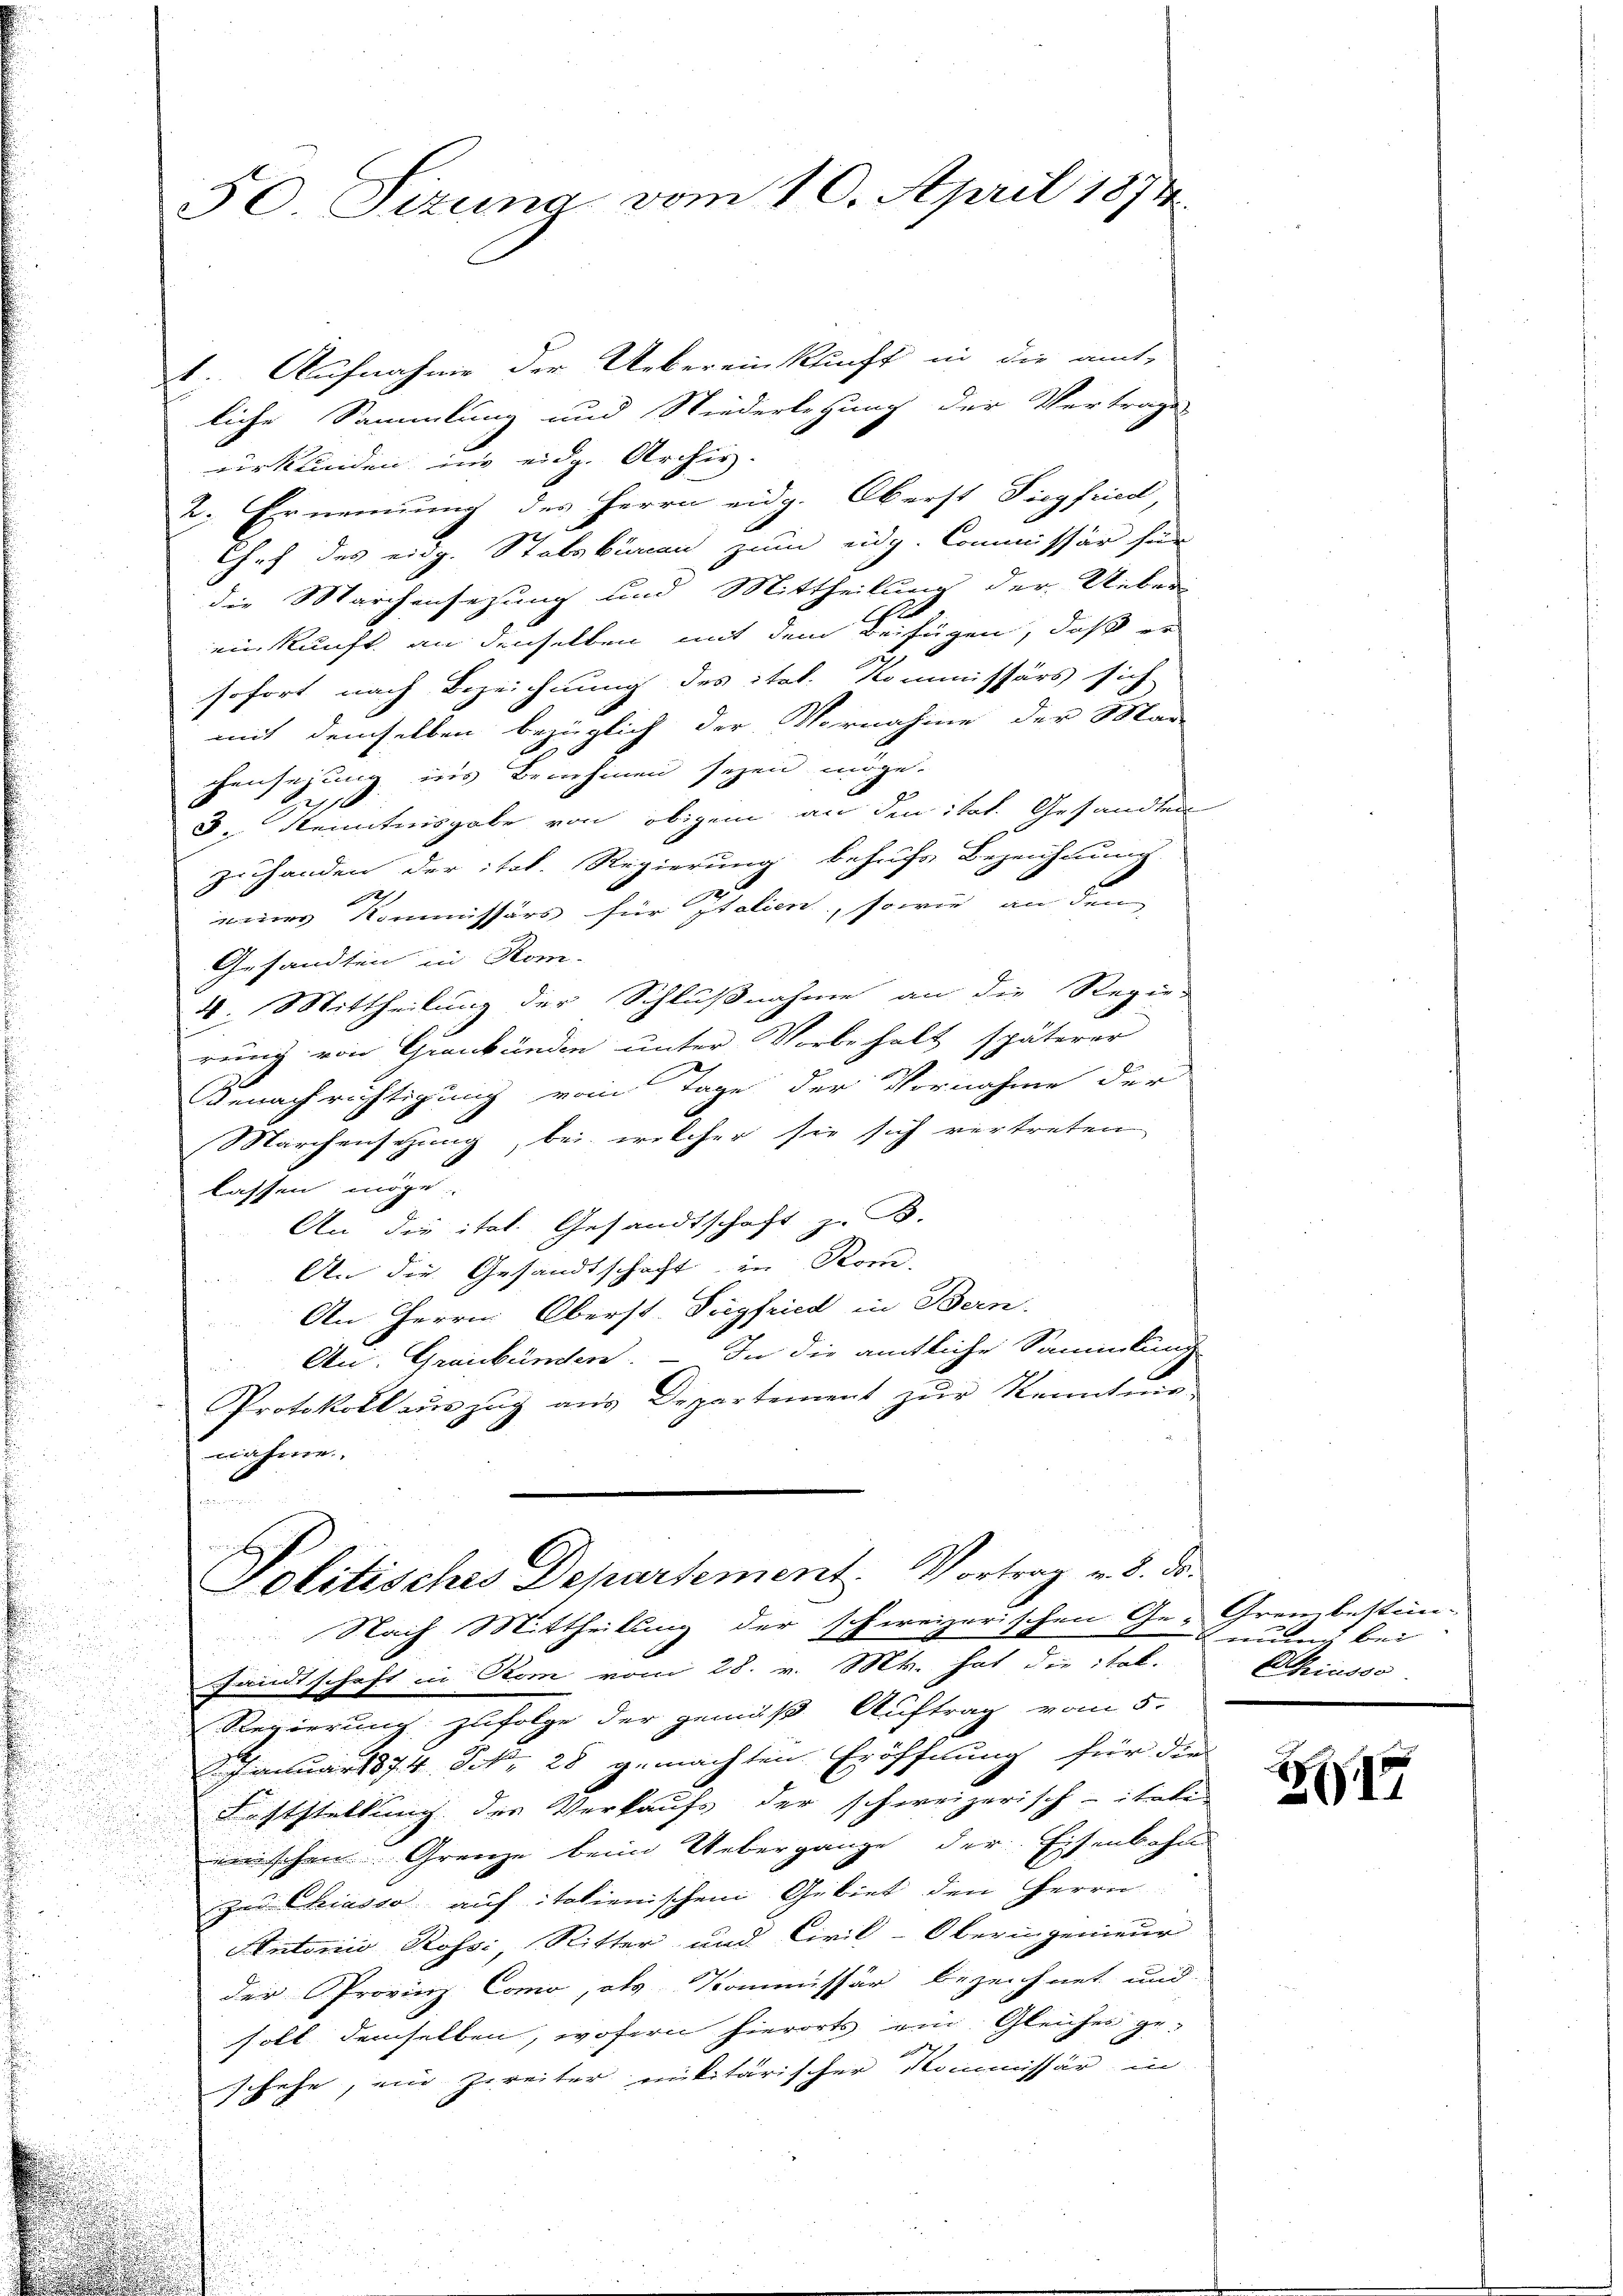
.

50 Sizung vom 10. April 1874.

4. Aufnahme der Uebereinkunft in die amt-
liche Sammlung und Niederlegung der Vertrage
eurkunden im eidg. Archiv.
2. Ernennung des Herrn eidg. Oberst Siegfried,
Chef des eidg. Stabskiren zum eidg. Commissär hier
die Marchensezung und Mittheilung der Ueber
a
einkunft an denselben mit dem Beifügen, daß er
2
sofort nach Bezeichnung des ital. Kommissärs sich
mit demselben bezüglich der Vornahme der Mar-
chensezung ins Benehmen seyen möge.
s
3. Kenntnisgabe von obigem an den ital. Gesandten
zu handen der ital. Regierung behufs Bezeichnung
enes Kommissärs für Italien, sowie an den
Gesandten in Kom-
4. Mittheilung der Schlußnahme an die Regier
rung von Graubünden unter Vorbehalt späterer
Genachrichtigung vom Tage der Vornahme der
Marchensetzung, bei welcher sie sich vertreten
lassen möge
An die ital. Gesandtschaft z. B.
An die Gesandtschaft in Kore,
An Herrn Oberst-Tegfried in Bern.
An Graubünden. — In die amtliche Sammlung
Protokoll auszug aus Departement zur Kenntnis-
nähme.
d
Politisches Departement. Vortrag v. 8. ds.
Nach Mittheilung der schweizerischen Ge-Grembestim-
Landtschaft in Rom vom 28. v. Ms. hat die ital-
Regierung zufolge der gemäß Auftrag vom 5.
. Januar 1874. Frk. 28 gemachten Eröffnung für die
Lechtstellung der Verkaufs der schweizerisch-itati
eirischen Grenze beim Uebergange der Eisenbahn
zu Chiasso auf talienischen Gebiet den Herrn
Autoris Rossi Ritter und Civil-Oberingenieur
der Provinz Como, als Kommissär bezeichnet und
soll demselben, wofern hierorts ein Gleiches ge-
schehe, ein zweiter militärischer Kommissär in

nun bei
Chiusso

17